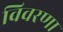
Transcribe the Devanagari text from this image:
विवरणा